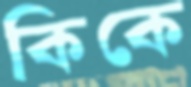
কিকে